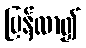
ပြန်လာ၍